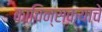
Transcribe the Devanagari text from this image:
काचिन्स्क्याचे